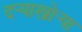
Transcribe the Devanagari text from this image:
दर्‍याखोर्‍या